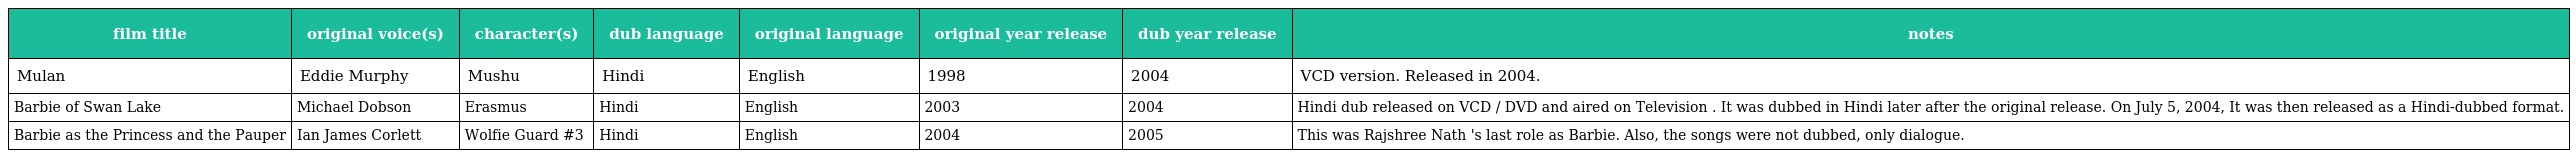
| film title | original voice(s) | character(s) | dub language | original language | original year release | dub year release | notes |
 | --- | --- | --- | --- | --- | --- | --- | --- |
 | Mulan | Eddie Murphy | Mushu | Hindi | English | 1998 | 2004 | VCD version. Released in 2004. |
 | Barbie of Swan Lake | Michael Dobson | Erasmus | Hindi | English | 2003 | 2004 | Hindi dub released on VCD / DVD and aired on Television . It was dubbed in Hindi later after the original release. On July 5, 2004, It was then released as a Hindi-dubbed format. |
 | Barbie as the Princess and the Pauper | Ian James Corlett | Wolfie Guard #3 | Hindi | English | 2004 | 2005 | This was Rajshree Nath 's last role as Barbie. Also, the songs were not dubbed, only dialogue. |